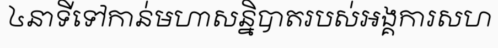
៤នាទីទៅកាន់មហាសន្និបាតរបស់អង្គការសហ